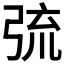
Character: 𢏭